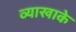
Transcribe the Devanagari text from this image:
व्याखाके